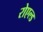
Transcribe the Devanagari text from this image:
रोएल्ड